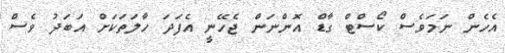
އެހެން ނަމަވެސް ކޯސްޓް ގާޑް އޮންނަން ޖެހޭނީ އެފަދަ ހާލަތަކަށް އަބަދު ވެސް